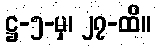
ဋ္ဌ-၅-မှ၊ ၂၇-ထိ။